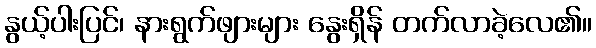
နွယ့်ပါးပြင်၊ နားရွက်ဖျားများ နွေးရှိန် တက်လာခဲ့လေ၏။